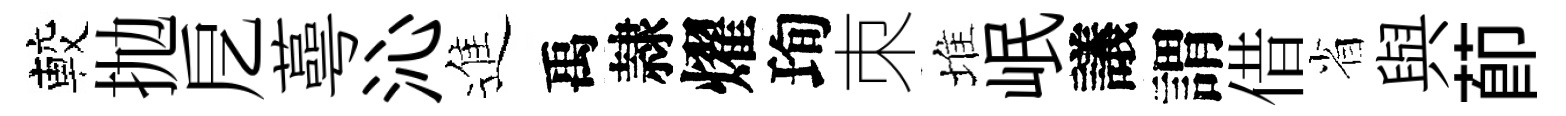
較抛戹蕚沁進禹隷燿珣朿堆岷議謂借省與莭